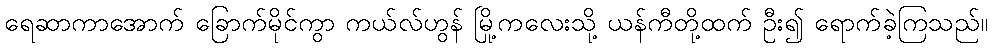
ရေဆာကာအောက် ခြောက်မိုင်ကွာ ကယ်လ်ဟွန် မြို့ကလေးသို့ ယန်ကီတို့ထက် ဦး၍ ရောက်ခဲ့ကြသည်။